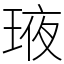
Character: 𤥿